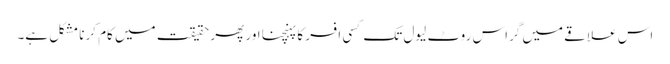
اس علاقے میں گراس روٹ لیول تک کسی افسر کا پہنچنا اور پھر حقیقت میں کام کرنا مشکل ہے۔